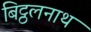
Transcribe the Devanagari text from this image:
बिट्ठलनाथ